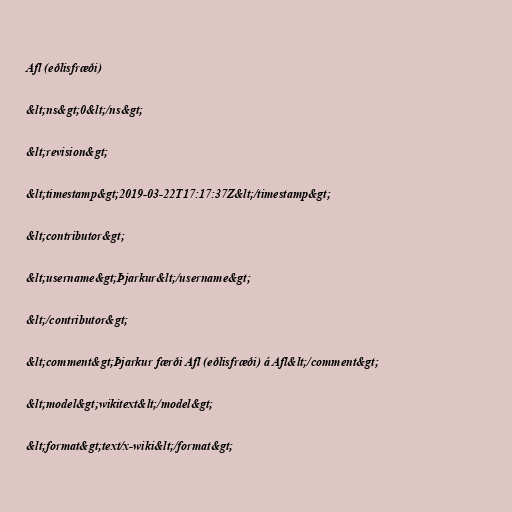
Afl (eðlisfræði)

&lt;ns&gt;0&lt;/ns&gt;

&lt;revision&gt;

&lt;timestamp&gt;2019-03-22T17:17:37Z&lt;/timestamp&gt;

&lt;contributor&gt;

&lt;username&gt;Þjarkur&lt;/username&gt;

&lt;/contributor&gt;

&lt;comment&gt;Þjarkur færði Afl (eðlisfræði) á Afl&lt;/comment&gt;

&lt;model&gt;wikitext&lt;/model&gt;

&lt;format&gt;text/x-wiki&lt;/format&gt;